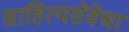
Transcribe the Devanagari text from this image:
साहित्यसेवेचा